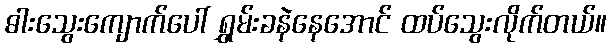
ဓါးသွေးကျောက်ပေါ် ရွှမ်းခနဲနေအောင် ထပ်သွေးလိုက်တယ်။